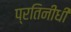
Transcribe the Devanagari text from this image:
प्रतिनीधी